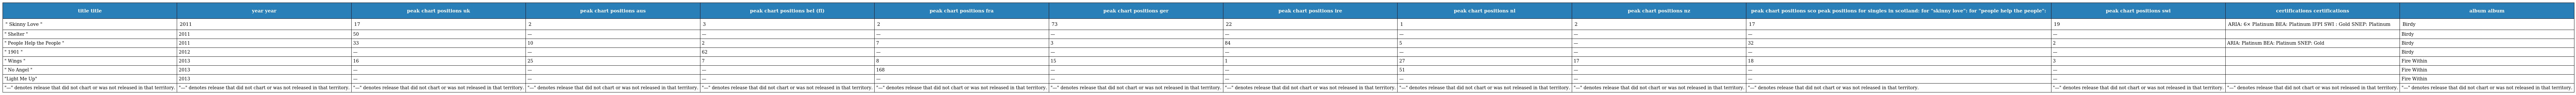
| title title | year year | peak chart positions uk | peak chart positions aus | peak chart positions bel (fl) | peak chart positions fra | peak chart positions ger | peak chart positions ire | peak chart positions nl | peak chart positions nz | peak chart positions sco peak positions for singles in scotland: for "skinny love": for "people help the people": | peak chart positions swi | certifications certifications | album album |
 | --- | --- | --- | --- | --- | --- | --- | --- | --- | --- | --- | --- | --- | --- |
 | " Skinny Love " | 2011 | 17 | 2 | 3 | 2 | 73 | 22 | 1 | 2 | 17 | 19 | ARIA: 6× Platinum BEA: Platinum IFPI SWI : Gold SNEP: Platinum | Birdy |
 | " Shelter " | 2011 | 50 | — | — | — | — | — | — | — | — | — |  | Birdy |
 | " People Help the People " | 2011 | 33 | 10 | 2 | 7 | 3 | 84 | 5 | — | 32 | 2 | ARIA: Platinum BEA: Platinum SNEP: Gold | Birdy |
 | " 1901 " | 2012 | — | — | 62 | — | — | — | — | — | — | — |  | Birdy |
 | " Wings " | 2013 | 16 | 25 | 7 | 8 | 15 | 1 | 27 | 17 | 18 | 3 |  | Fire Within |
 | " No Angel " | 2013 | — | — | — | 168 | — | — | 51 | — | — | — |  | Fire Within |
 | "Light Me Up" | 2013 | — | — | — | — | — | — | — | — | — | — |  | Fire Within |
 | "—" denotes release that did not chart or was not released in that territory. | "—" denotes release that did not chart or was not released in that territory. | "—" denotes release that did not chart or was not released in that territory. | "—" denotes release that did not chart or was not released in that territory. | "—" denotes release that did not chart or was not released in that territory. | "—" denotes release that did not chart or was not released in that territory. | "—" denotes release that did not chart or was not released in that territory. | "—" denotes release that did not chart or was not released in that territory. | "—" denotes release that did not chart or was not released in that territory. | "—" denotes release that did not chart or was not released in that territory. | "—" denotes release that did not chart or was not released in that territory. | "—" denotes release that did not chart or was not released in that territory. | "—" denotes release that did not chart or was not released in that territory. | "—" denotes release that did not chart or was not released in that territory. |